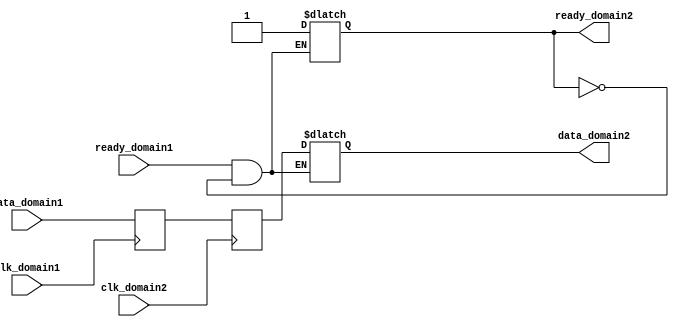
module synchronizer(
    input clk_domain1,
    input clk_domain2,
    input data_domain1,
    output reg data_domain2,
    input ready_domain1,
    output reg ready_domain2
);

reg data_sync1, data_sync2;

always @(posedge clk_domain1) begin
    data_sync1 <= data_domain1;
end

always @(posedge clk_domain2) begin
    data_sync2 <= data_sync1;
end

always @(*) begin
    if (ready_domain1 && ~ready_domain2) begin
        data_domain2 <= data_sync2;
        ready_domain2 <= 1;
    end
end

endmodule